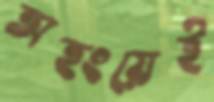
অহংয়েই